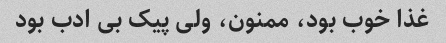
غذا خوب بود، ممنون، ولی پیک بی ادب بود